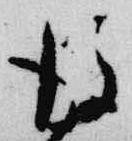
後